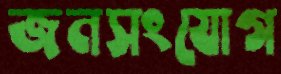
জনসংযোগ